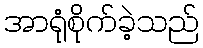
အာရုံစိုက်ခဲ့သည်